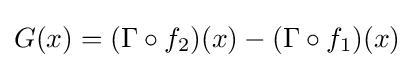
G(x)=(\Gamma \circ f_{2})(x)-(\Gamma \circ f_{1})(x)